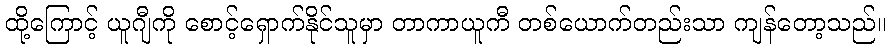
ထို့ကြောင့် ယူဂျီကို စောင့်ရှောက်နိုင်သူမှာ တာကာယူကီ တစ်ယောက်တည်းသာ ကျန်တော့သည်။